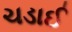
ચડાઈ